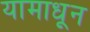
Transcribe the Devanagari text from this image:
यामाधून